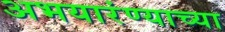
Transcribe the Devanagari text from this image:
अभयारंण्याच्या